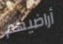
أراضيهم